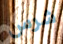
شرس